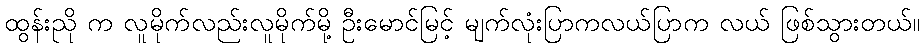
ထွန်းညို က လူမိုက်လည်းလူမိုက်မို့ ဦးမောင်မြင့် မျက်လုံးပြာကလယ်ပြာက လယ် ဖြစ်သွားတယ်။